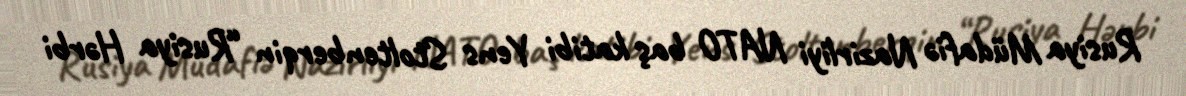
Rusiya Müdafiə Nazirliyi NATO baş katibi Yens Stoltenberqin “Rusiya Hərbi